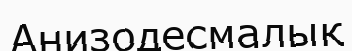
Анизодесмалық